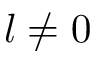
l \neq 0